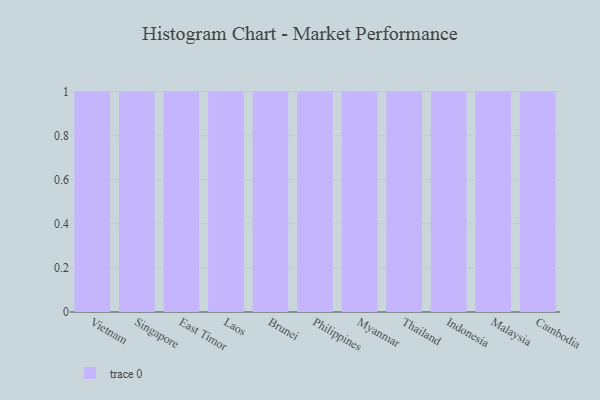
{"axis": {"x": "Country", "y": "Operating Costs (USD K)"}, "legend": [""], "data": [{"x": "Vietnam", "y": 1, "type": ""}, {"x": "Singapore", "y": 89, "type": ""}, {"x": "East Timor", "y": 76, "type": ""}, {"x": "Laos", "y": 23, "type": ""}, {"x": "Brunei", "y": 75, "type": ""}, {"x": "Philippines", "y": 42, "type": ""}, {"x": "Myanmar", "y": 6, "type": ""}, {"x": "Thailand", "y": 100, "type": ""}, {"x": "Indonesia", "y": 33, "type": ""}, {"x": "Malaysia", "y": 34, "type": ""}, {"x": "Cambodia", "y": 90, "type": ""}]}